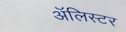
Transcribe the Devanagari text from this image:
अॅलिस्टर